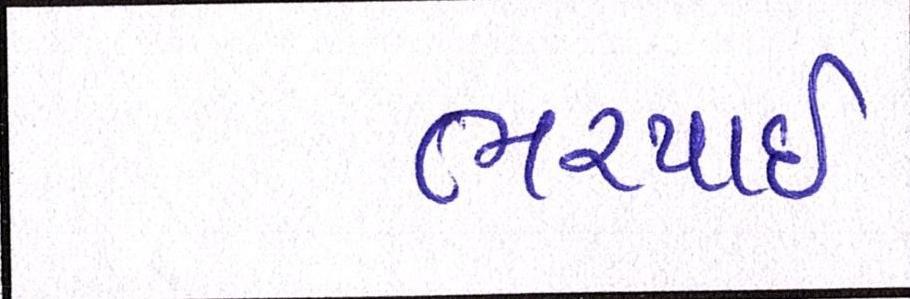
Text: ભરપાઈ